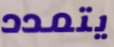
يتمدد